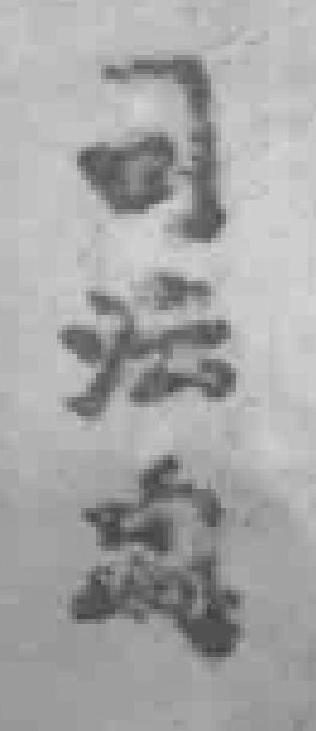
司法處